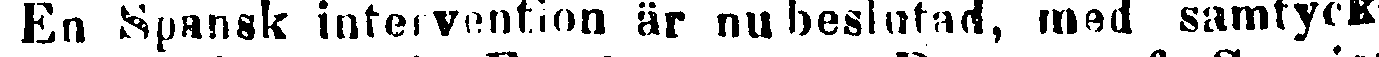
En Spansk intervention är nu beslutad, med samtyck